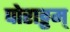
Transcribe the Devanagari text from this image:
पोराट्टम्